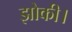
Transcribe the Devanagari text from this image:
झोकी।